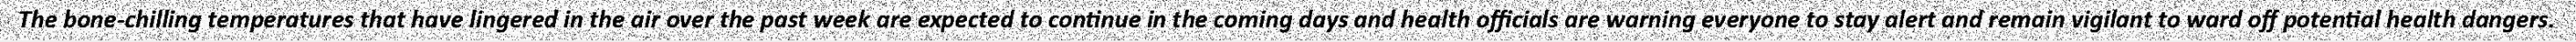
The bone-chilling temperatures that have lingered in the air over the past week are expected to continue in the coming days and health officials are warning everyone to stay alert and remain vigilant to ward off potential health dangers.